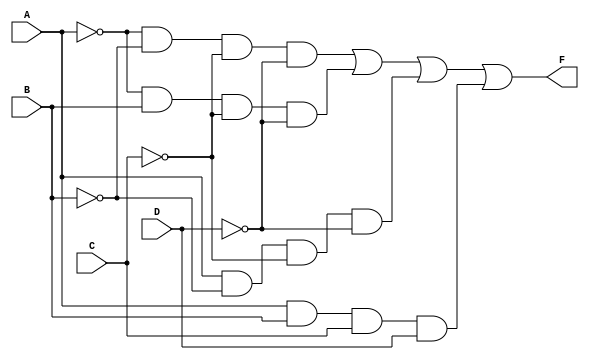
module combinational_logic_block (
    input wire A,      // Input variable A
    input wire B,      // Input variable B
    input wire C,      // Input variable C
    input wire D,      // Input variable D
    output wire F      // Output variable F
);

// Define the essential prime implicants
// For example, let's assume the EPIs are:
// EPI1: A'B'C'D' (minterm 0)
// EPI2: A'BC'D'  (minterm 4)
// EPI3: AB'C'D'  (minterm 8)
// EPI4: ABCD     (minterm 15)

// The output F can be expressed as the OR of the identified EPIs
assign F = (~A & ~B & ~C & ~D) |   // EPI1
           (~A & B & ~C & ~D) |    // EPI2
           (A & ~B & ~C & ~D) |    // EPI3
           (A & B & C & D);         // EPI4

endmodule